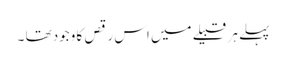
پہلے ہر قبیلے میں اس رقص کا وجود تھا ۔